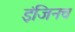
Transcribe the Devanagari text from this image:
इंजिनच